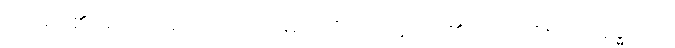
သိအပ်၏။ တေသံယေဝ၊ ထိုသမထ ဝိပဿနာတို့၏သာလျှင်။ ယုဂနဒ္ဓဋ္ဌော၊